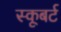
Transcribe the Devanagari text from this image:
स्कूबर्ट